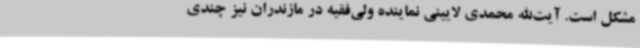
مشکل است. آیت‌الله محمدی لایینی نماینده ولی‌فقیه در مازندران نیز چندی